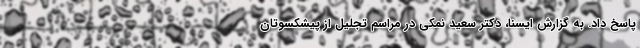
پاسخ داد. به گزارش ایسنا، دکتر سعید نمکی در مراسم تجلیل از پیشکسوتان